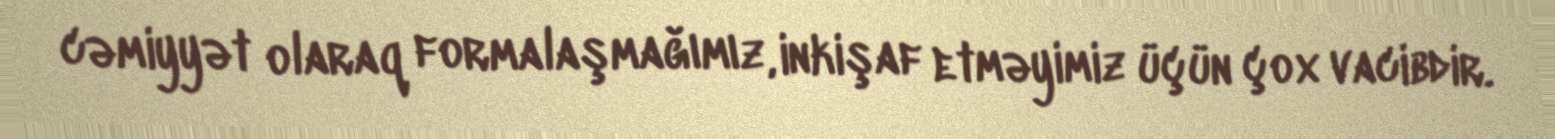
cəmiyyət olaraq formalaşmağımız, inkişaf etməyimiz üçün çox vacibdir.